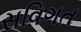
સવિગત